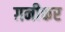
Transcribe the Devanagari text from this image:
ग़नीकर